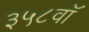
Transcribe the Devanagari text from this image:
३५८वॉ